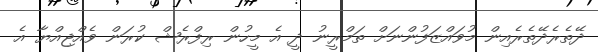
ދޭތެރެދޭތެރެއިން މުވައްޒަފުންނަށް ތަމްރީނު ދީ އެ މީހުން ރިފްރެޝް ކުރަން ވެއްޖިއްޔާ އެ